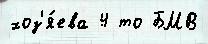
хоз'я́ева 4 то БМВ